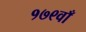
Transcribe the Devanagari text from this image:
१७९वाँ